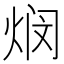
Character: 𬊖